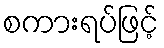
စကားရပ်ဖြင့်